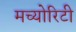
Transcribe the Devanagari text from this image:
मच्योरिटी